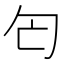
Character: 匄